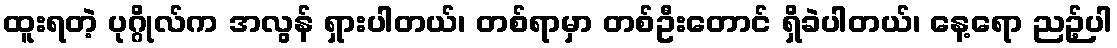
ထူးရတဲ့ ပုဂ္ဂိုလ်က အလွန် ရှားပါတယ်၊ တစ်ရာမှာ တစ်ဦးတောင် ရှိခဲပါတယ်၊ နေ့ရော ညဉ့်ပါ